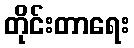
တိုင်းတာရေး